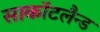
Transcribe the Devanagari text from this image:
साकाॅटलैन्ड